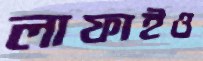
লাফাইও